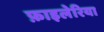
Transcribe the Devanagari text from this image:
फ़ाइलेरिया